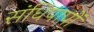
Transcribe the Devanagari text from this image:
संधिपापों